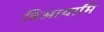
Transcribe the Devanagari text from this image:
त्रिआयामि